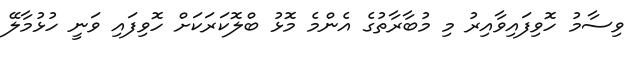
ވިސާމު ހޮވިފައިވާއިރު މި މުބާރާތުގެ އެންމެ މޮޅު ބްލޮކަރަކަށް ހޮވިފައި ވަނީ ހުޅުމާލޭ